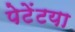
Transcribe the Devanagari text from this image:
पेटेंटया